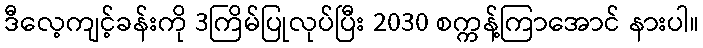
ဒီလေ့ကျင့်ခန်းကို 3ကြိမ်ပြုလုပ်ပြီး 2030 စက္ကန့်ကြာအောင် နားပါ။